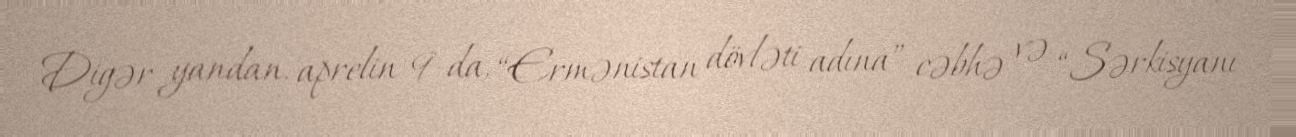
Digər yandan, aprelin 9-da, “Ermənistan dövləti adına” cəbhə və “Sərkisyanı